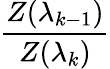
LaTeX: \frac{Z(\lambda_{k-1})}{Z(\lambda_{k})}